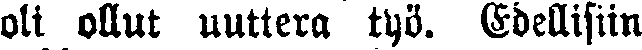
oli ollut uuttera työ. Edellisiin